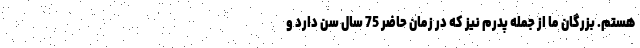
هستم. بزرگان ما از جمله پدرم نیز که در زمان حاضر 75 سال سن دارد و